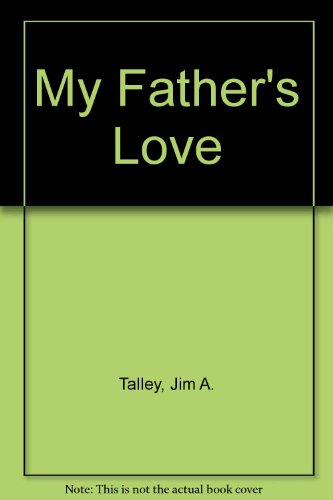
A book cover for My Father's Love; Jim A. Talley; Christian Books & Bibles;